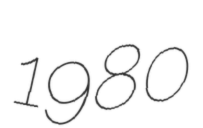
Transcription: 1980